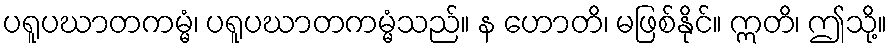
ပရူပဃာတကမ္မံ၊ ပရူပဃာတကမ္မံသည်။ န ဟောတိ၊ မဖြစ်နိုင်။ ဣတိ၊ ဤသို့။